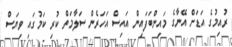
ރުއިމުގެ އަޑަށް އޭނާގެ މައިންބަފައިން އައިސް އަހަރެން ސަލާމަތް ކުރި ކަމުގައި ވިޔަސް